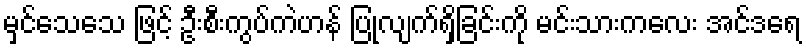
မှင်သေသေ ဖြင့် ဦးစီးကွပ်ကဲဟန် ပြုလျက်ရှိခြင်းကို မင်းသားကလေး အင်ဒရေ